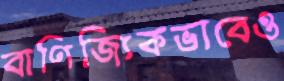
বাণিজ্যিকভাবেও